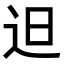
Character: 𨑨